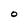
Character: O